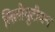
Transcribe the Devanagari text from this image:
लिलीपुटीयन